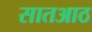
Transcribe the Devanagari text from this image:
सातआठ